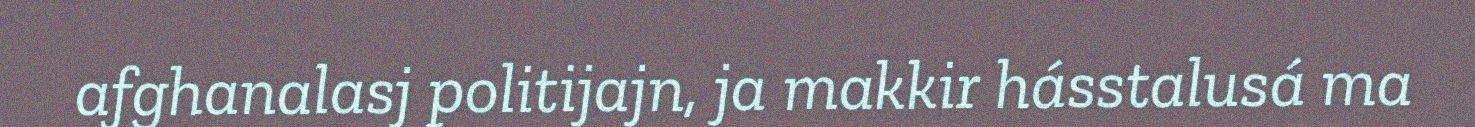
afghanalasj politijajn, ja makkir hásstalusá ma